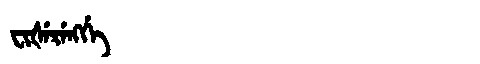
Manchu: ᠸᡳᡧᡝᡵᡝᠩᡤᡝ
Romanization: FIŠERENGGE